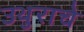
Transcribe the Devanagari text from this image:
उथुराचे